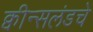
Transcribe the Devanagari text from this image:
क्वीन्सलंडचे